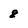
Character: 8